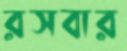
রসবার